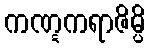
ကဏ္ဋကရာဇိမ္ပိ